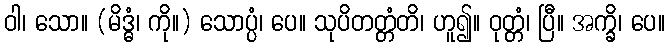
ဝါ၊ သော။ (မိဒ္ဓံ၊ ကို။) သောပ္ပံ၊ ပေ။ သုပိတတ္တံတိ၊ ဟူ၍။ ဝုတ္တံ၊ ပြီ။ အက္ခိ၊ ပေ။